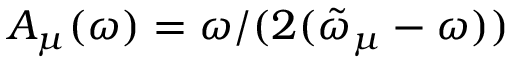
A _ { \mu } ( \omega ) = \omega / ( 2 ( \tilde { \omega } _ { \mu } - \omega ) )